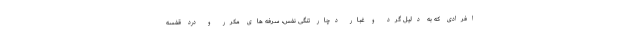
افرادی که به دلیل گرد و غبار دچار تنگی نفس، سرفه های مکرر و درد قفسه